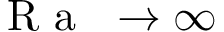
\mathrm { ~ \textit ~ { ~ R ~ a ~ } ~ } \to \infty